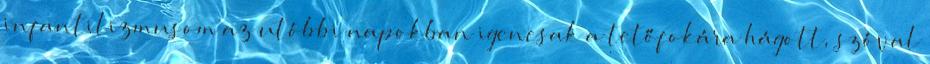
infantilizmusom az utóbbi napokban igencsak a tetőfokára hágott, szóval